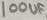
Text: 100UF